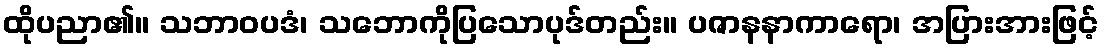
ထိုပညာ၏။ သဘာဝပဒံ၊ သဘောကိုပြသောပုဒ်တည်း။ ပဇာနနာကာရော၊ အပြားအားဖြင့်